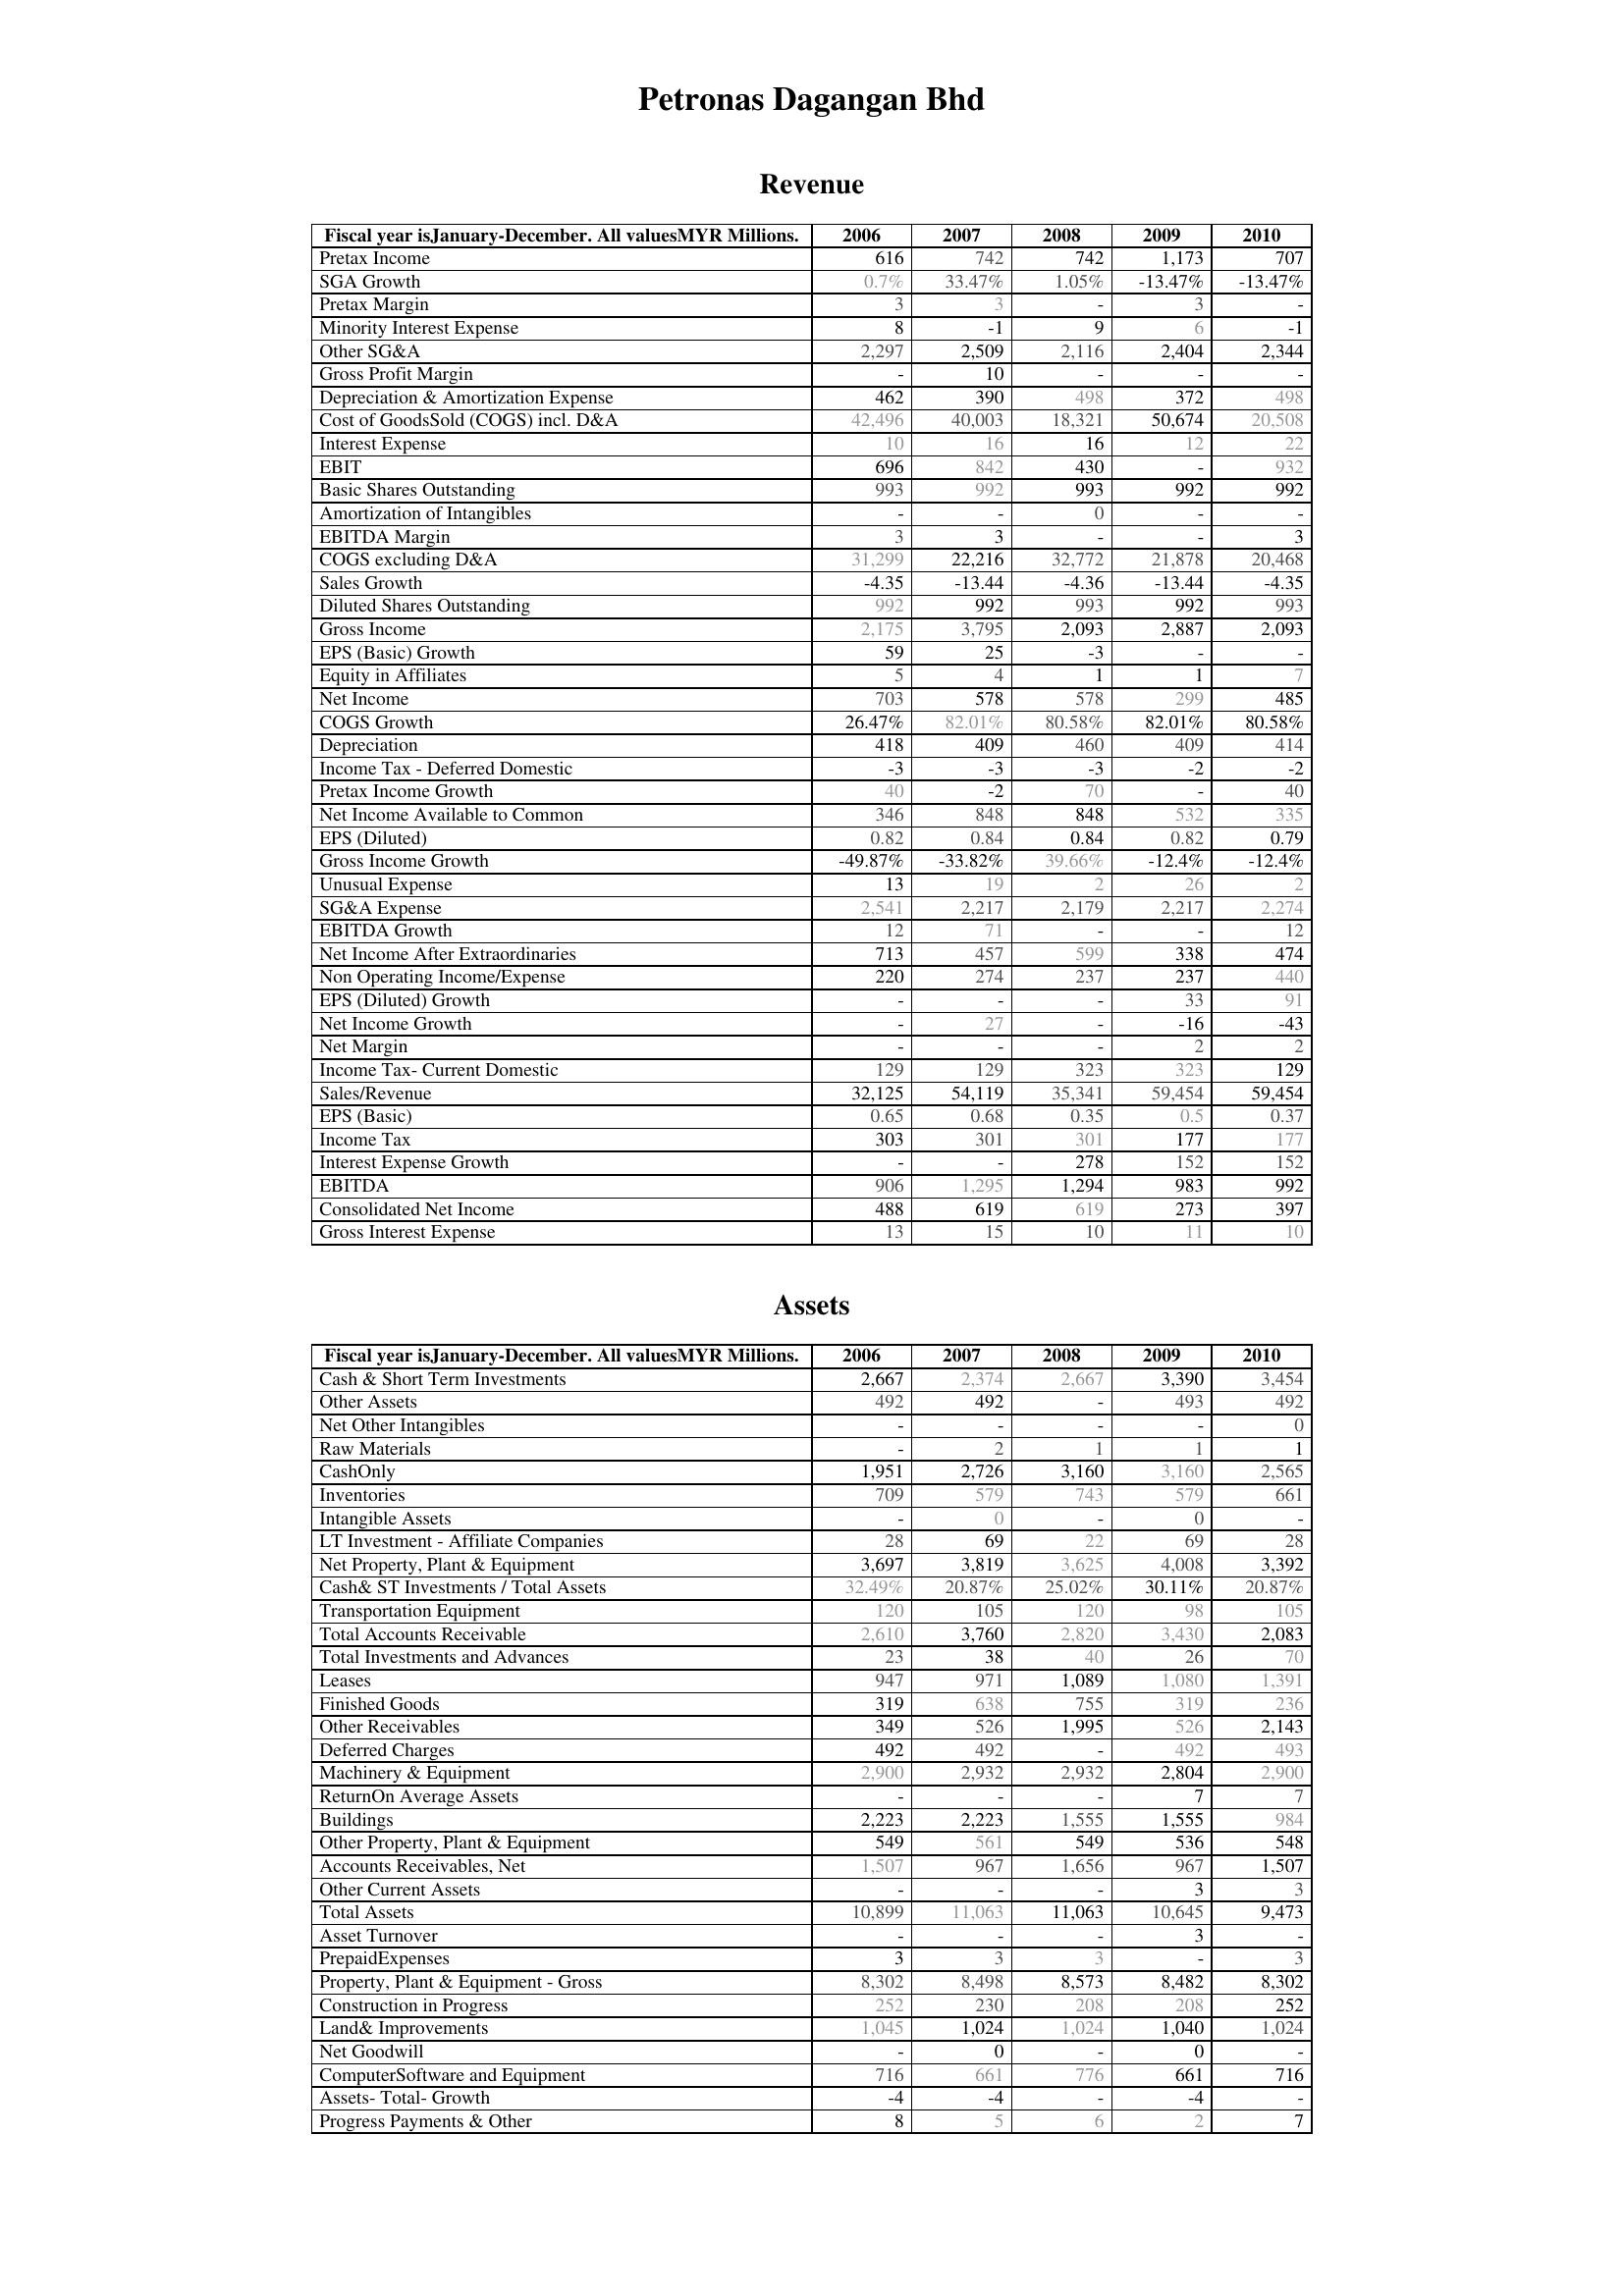
2006: Revenue: Pretax Income: 616
SGA Growth: 0.7%
Pretax Margin: 3
Minority Interest Expense: 8
Other SG&A: 2,297
Gross Profit Margin: -
Depreciation & Amortization Expense: 462
Cost of GoodsSold (COGS) incl. D&A: 42,496
Interest Expense: 10
EBIT: 696
Basic Shares Outstanding: 993
Amortization of Intangibles: -
EBITDA Margin: 3
COGS excluding D&A: 31,299
Sales Growth: -4.35
Diluted Shares Outstanding: 992
Gross Income: 2,175
EPS (Basic) Growth: 59
Equity in Affiliates: 5
Net Income: 703
COGS Growth: 26.47%
Depreciation: 418
Income Tax - Deferred Domestic: -3
Pretax Income Growth: 40
Net Income Available to Common: 346
EPS (Diluted): 0.82
Gross Income Growth: -49.87%
Unusual Expense: 13
SG&A Expense: 2,541
EBITDA Growth: 12
Net Income After Extraordinaries: 713
Non Operating Income/Expense: 220
EPS (Diluted) Growth: -
Net Income Growth: -
Net Margin: -
Income Tax- Current Domestic: 129
Sales/Revenue: 32,125
EPS (Basic): 0.65
Income Tax: 303
Interest Expense Growth: -
EBITDA: 906
Consolidated Net Income: 488
Gross Interest Expense: 13
Assets: Cash & Short Term Investments: 2,667
Other Assets: 492
Net Other Intangibles: -
Raw Materials: -
CashOnly: 1,951
Inventories: 709
Intangible Assets: -
LT Investment - Affiliate Companies: 28
Net Property, Plant & Equipment: 3,697
Cash& ST Investments / Total Assets: 32.49%
Transportation Equipment: 120
Total Accounts Receivable: 2,610
Total Investments and Advances: 23
Leases: 947
Finished Goods: 319
Other Receivables: 349
Deferred Charges: 492
Machinery & Equipment: 2,900
ReturnOn Average Assets: -
Buildings: 2,223
Other Property, Plant & Equipment: 549
Accounts Receivables, Net: 1,507
Other Current Assets: -
Total Assets: 10,899
Asset Turnover: -
PrepaidExpenses: 3
Property, Plant & Equipment - Gross : 8,302
Construction in Progress: 252
Land& Improvements: 1,045
Net Goodwill: -
ComputerSoftware and Equipment: 716
Assets- Total- Growth: -4
Progress Payments & Other: 8
2007: Revenue: Pretax Income: 742
SGA Growth: 33.47%
Pretax Margin: 3
Minority Interest Expense: -1
Other SG&A: 2,509
Gross Profit Margin: 10
Depreciation & Amortization Expense: 390
Cost of GoodsSold (COGS) incl. D&A: 40,003
Interest Expense: 16
EBIT: 842
Basic Shares Outstanding: 992
Amortization of Intangibles: -
EBITDA Margin: 3
COGS excluding D&A: 22,216
Sales Growth: -13.44
Diluted Shares Outstanding: 992
Gross Income: 3,795
EPS (Basic) Growth: 25
Equity in Affiliates: 4
Net Income: 578
COGS Growth: 82.01%
Depreciation: 409
Income Tax - Deferred Domestic: -3
Pretax Income Growth: -2
Net Income Available to Common: 848
EPS (Diluted): 0.84
Gross Income Growth: -33.82%
Unusual Expense: 19
SG&A Expense: 2,217
EBITDA Growth: 71
Net Income After Extraordinaries: 457
Non Operating Income/Expense: 274
EPS (Diluted) Growth: -
Net Income Growth: 27
Net Margin: -
Income Tax- Current Domestic: 129
Sales/Revenue: 54,119
EPS (Basic): 0.68
Income Tax: 301
Interest Expense Growth: -
EBITDA: 1,295
Consolidated Net Income: 619
Gross Interest Expense: 15
Assets: Cash & Short Term Investments: 2,374
Other Assets: 492
Net Other Intangibles: -
Raw Materials: 2
CashOnly: 2,726
Inventories: 579
Intangible Assets: 0
LT Investment - Affiliate Companies: 69
Net Property, Plant & Equipment: 3,819
Cash& ST Investments / Total Assets: 20.87%
Transportation Equipment: 105
Total Accounts Receivable: 3,760
Total Investments and Advances: 38
Leases: 971
Finished Goods: 638
Other Receivables: 526
Deferred Charges: 492
Machinery & Equipment: 2,932
ReturnOn Average Assets: -
Buildings: 2,223
Other Property, Plant & Equipment: 561
Accounts Receivables, Net: 967
Other Current Assets: -
Total Assets: 11,063
Asset Turnover: -
PrepaidExpenses: 3
Property, Plant & Equipment - Gross : 8,498
Construction in Progress: 230
Land& Improvements: 1,024
Net Goodwill: 0
ComputerSoftware and Equipment: 661
Assets- Total- Growth: -4
Progress Payments & Other: 5
2008: Revenue: Pretax Income: 742
SGA Growth: 1.05%
Pretax Margin: -
Minority Interest Expense: 9
Other SG&A: 2,116
Gross Profit Margin: -
Depreciation & Amortization Expense: 498
Cost of GoodsSold (COGS) incl. D&A: 18,321
Interest Expense: 16
EBIT: 430
Basic Shares Outstanding: 993
Amortization of Intangibles: 0
EBITDA Margin: -
COGS excluding D&A: 32,772
Sales Growth: -4.36
Diluted Shares Outstanding: 993
Gross Income: 2,093
EPS (Basic) Growth: -3
Equity in Affiliates: 1
Net Income: 578
COGS Growth: 80.58%
Depreciation: 460
Income Tax - Deferred Domestic: -3
Pretax Income Growth: 70
Net Income Available to Common: 848
EPS (Diluted): 0.84
Gross Income Growth: 39.66%
Unusual Expense: 2
SG&A Expense: 2,179
EBITDA Growth: -
Net Income After Extraordinaries: 599
Non Operating Income/Expense: 237
EPS (Diluted) Growth: -
Net Income Growth: -
Net Margin: -
Income Tax- Current Domestic: 323
Sales/Revenue: 35,341
EPS (Basic): 0.35
Income Tax: 301
Interest Expense Growth: 278
EBITDA: 1,294
Consolidated Net Income: 619
Gross Interest Expense: 10
Assets: Cash & Short Term Investments: 2,667
Other Assets: -
Net Other Intangibles: -
Raw Materials: 1
CashOnly: 3,160
Inventories: 743
Intangible Assets: -
LT Investment - Affiliate Companies: 22
Net Property, Plant & Equipment: 3,625
Cash& ST Investments / Total Assets: 25.02%
Transportation Equipment: 120
Total Accounts Receivable: 2,820
Total Investments and Advances: 40
Leases: 1,089
Finished Goods: 755
Other Receivables: 1,995
Deferred Charges: -
Machinery & Equipment: 2,932
ReturnOn Average Assets: -
Buildings: 1,555
Other Property, Plant & Equipment: 549
Accounts Receivables, Net: 1,656
Other Current Assets: -
Total Assets: 11,063
Asset Turnover: -
PrepaidExpenses: 3
Property, Plant & Equipment - Gross : 8,573
Construction in Progress: 208
Land& Improvements: 1,024
Net Goodwill: -
ComputerSoftware and Equipment: 776
Assets- Total- Growth: -
Progress Payments & Other: 6
2009: Revenue: Pretax Income: 1,173
SGA Growth: -13.47%
Pretax Margin: 3
Minority Interest Expense: 6
Other SG&A: 2,404
Gross Profit Margin: -
Depreciation & Amortization Expense: 372
Cost of GoodsSold (COGS) incl. D&A: 50,674
Interest Expense: 12
EBIT: -
Basic Shares Outstanding: 992
Amortization of Intangibles: -
EBITDA Margin: -
COGS excluding D&A: 21,878
Sales Growth: -13.44
Diluted Shares Outstanding: 992
Gross Income: 2,887
EPS (Basic) Growth: -
Equity in Affiliates: 1
Net Income: 299
COGS Growth: 82.01%
Depreciation: 409
Income Tax - Deferred Domestic: -2
Pretax Income Growth: -
Net Income Available to Common: 532
EPS (Diluted): 0.82
Gross Income Growth: -12.4%
Unusual Expense: 26
SG&A Expense: 2,217
EBITDA Growth: -
Net Income After Extraordinaries: 338
Non Operating Income/Expense: 237
EPS (Diluted) Growth: 33
Net Income Growth: -16
Net Margin: 2
Income Tax- Current Domestic: 323
Sales/Revenue: 59,454
EPS (Basic): 0.5
Income Tax: 177
Interest Expense Growth: 152
EBITDA: 983
Consolidated Net Income: 273
Gross Interest Expense: 11
Assets: Cash & Short Term Investments: 3,390
Other Assets: 493
Net Other Intangibles: -
Raw Materials: 1
CashOnly: 3,160
Inventories: 579
Intangible Assets: 0
LT Investment - Affiliate Companies: 69
Net Property, Plant & Equipment: 4,008
Cash& ST Investments / Total Assets: 30.11%
Transportation Equipment: 98
Total Accounts Receivable: 3,430
Total Investments and Advances: 26
Leases: 1,080
Finished Goods: 319
Other Receivables: 526
Deferred Charges: 492
Machinery & Equipment: 2,804
ReturnOn Average Assets: 7
Buildings: 1,555
Other Property, Plant & Equipment: 536
Accounts Receivables, Net: 967
Other Current Assets: 3
Total Assets: 10,645
Asset Turnover: 3
PrepaidExpenses: -
Property, Plant & Equipment - Gross : 8,482
Construction in Progress: 208
Land& Improvements: 1,040
Net Goodwill: 0
ComputerSoftware and Equipment: 661
Assets- Total- Growth: -4
Progress Payments & Other: 2
2010: Revenue: Pretax Income: 707
SGA Growth: -13.47%
Pretax Margin: -
Minority Interest Expense: -1
Other SG&A: 2,344
Gross Profit Margin: -
Depreciation & Amortization Expense: 498
Cost of GoodsSold (COGS) incl. D&A: 20,508
Interest Expense: 22
EBIT: 932
Basic Shares Outstanding: 992
Amortization of Intangibles: -
EBITDA Margin: 3
COGS excluding D&A: 20,468
Sales Growth: -4.35
Diluted Shares Outstanding: 993
Gross Income: 2,093
EPS (Basic) Growth: -
Equity in Affiliates: 7
Net Income: 485
COGS Growth: 80.58%
Depreciation: 414
Income Tax - Deferred Domestic: -2
Pretax Income Growth: 40
Net Income Available to Common: 335
EPS (Diluted): 0.79
Gross Income Growth: -12.4%
Unusual Expense: 2
SG&A Expense: 2,274
EBITDA Growth: 12
Net Income After Extraordinaries: 474
Non Operating Income/Expense: 440
EPS (Diluted) Growth: 91
Net Income Growth: -43
Net Margin: 2
Income Tax- Current Domestic: 129
Sales/Revenue: 59,454
EPS (Basic): 0.37
Income Tax: 177
Interest Expense Growth: 152
EBITDA: 992
Consolidated Net Income: 397
Gross Interest Expense: 10
Assets: Cash & Short Term Investments: 3,454
Other Assets: 492
Net Other Intangibles: 0
Raw Materials: 1
CashOnly: 2,565
Inventories: 661
Intangible Assets: -
LT Investment - Affiliate Companies: 28
Net Property, Plant & Equipment: 3,392
Cash& ST Investments / Total Assets: 20.87%
Transportation Equipment: 105
Total Accounts Receivable: 2,083
Total Investments and Advances: 70
Leases: 1,391
Finished Goods: 236
Other Receivables: 2,143
Deferred Charges: 493
Machinery & Equipment: 2,900
ReturnOn Average Assets: 7
Buildings: 984
Other Property, Plant & Equipment: 548
Accounts Receivables, Net: 1,507
Other Current Assets: 3
Total Assets: 9,473
Asset Turnover: -
PrepaidExpenses: 3
Property, Plant & Equipment - Gross : 8,302
Construction in Progress: 252
Land& Improvements: 1,024
Net Goodwill: -
ComputerSoftware and Equipment: 716
Assets- Total- Growth: -
Progress Payments & Other: 7